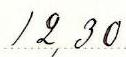
12,30